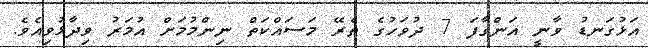
އަޅުގަނޑު ވާނީ އަންގާފަ 7 ދުވަހުގެ ތެރޭ މަސައްކަތް ނިންމުމަށް އުމަރު ވިދާޅުވިއެވެ.